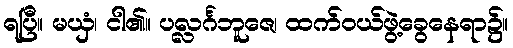
ရပြီ။ မယှံ၊ ငါ၏။ ပလ္လင်္ဂဘူဇေ၊ ထက်ဝယ်ဖွဲ့ခွေနေရာ၌။